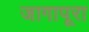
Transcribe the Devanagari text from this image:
जागापूरा